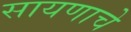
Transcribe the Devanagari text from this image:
सायणाचे